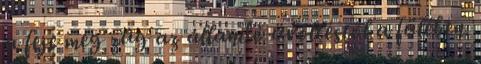
a feje meg zúg az állandó üvöltéstől a fülében.